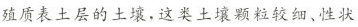
殖质表土层的土壤，这类土壤颗粒较细、性状